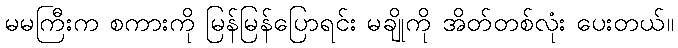
မမကြီးက စကားကို မြန်မြန်ပြောရင်း မချိုကို အိတ်တစ်လုံး ပေးတယ်။